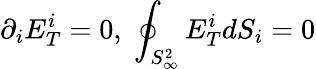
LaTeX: \partial_{i}E_{T}^{i}=0,\; \oint_{S_{\infty}^{2}}E_{T}^{i}dS_{i}=0